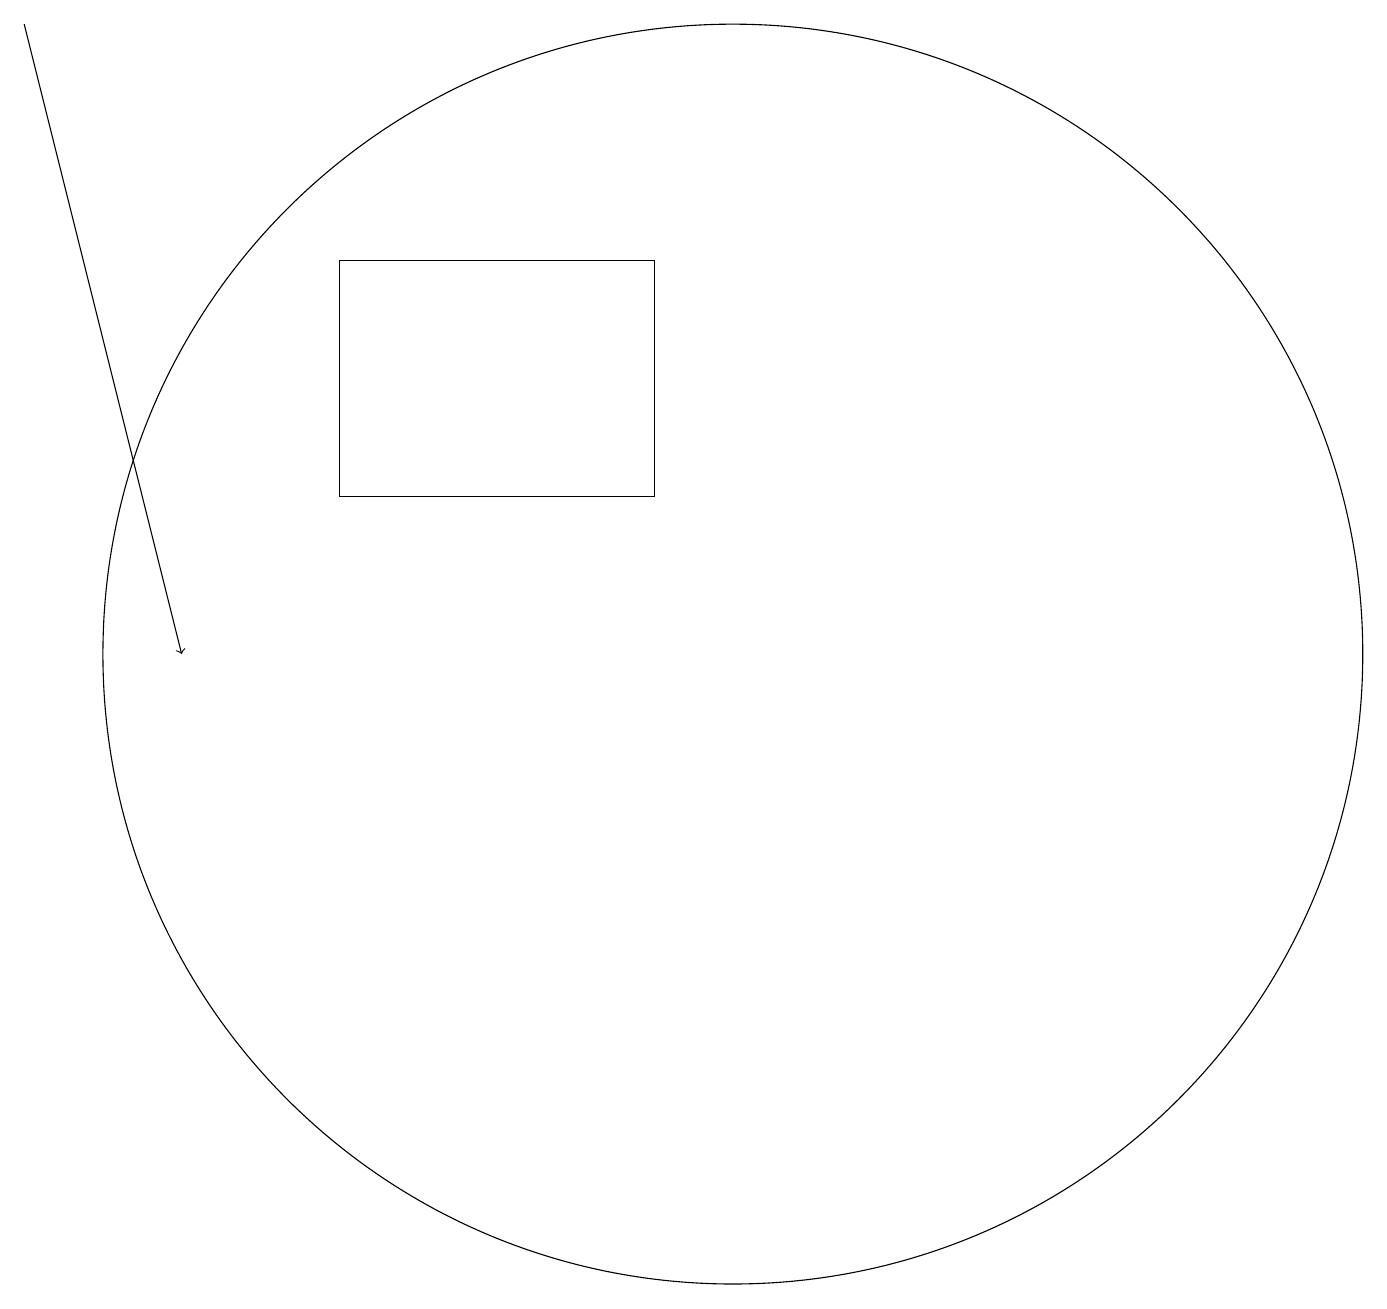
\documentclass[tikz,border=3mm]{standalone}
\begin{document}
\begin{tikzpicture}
\draw (10,11) circle (8);
\draw (5,13) rectangle (9,16);
\draw (10,12) circle (0);
\draw[->] (1,19) -- (3,11);
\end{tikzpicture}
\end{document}